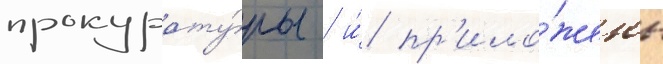
прокурату́ры / и́ пр'ило́жены